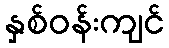
နှစ်ဝန်းကျင်